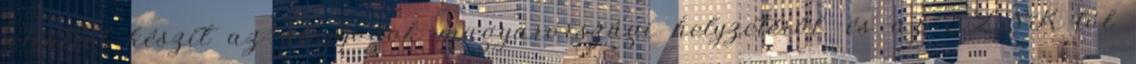
jelentést készít az alapjogok magyarországi helyzetéről, és az EZSK-tól